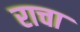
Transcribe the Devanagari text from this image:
राचा